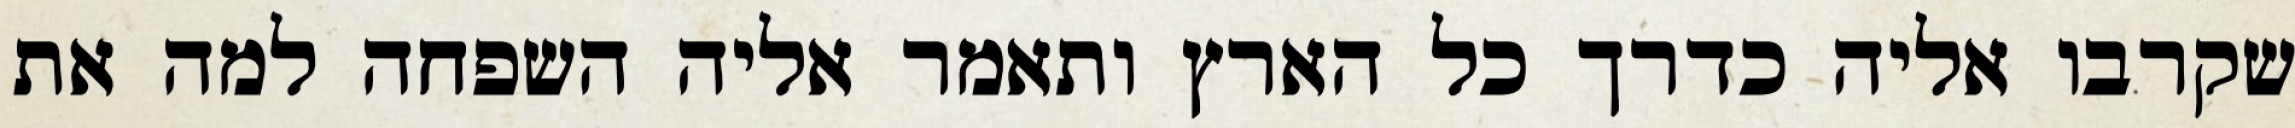
שקרבו אליה כדרך כל הארץ ותאמר אליה השפחה למה את